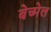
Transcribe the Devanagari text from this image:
बेच्मेल